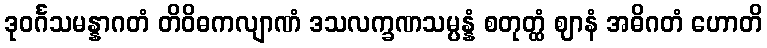
ဒုဝင်္ဂသမန္နာဂတံ တိဝိဓကလျာဏံ ဒသလက္ခဏသမ္ပန္နံ စတုတ္ထံ ဈာနံ အဓိဂတံ ဟောတိ